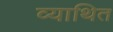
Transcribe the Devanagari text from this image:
व्याथित